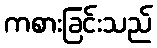
ကစားခြင်းသည်